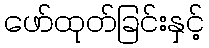
ဖော်ထုတ်ခြင်းနှင့်